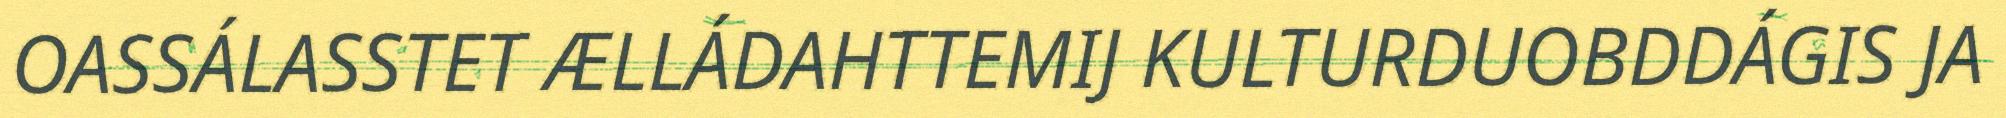
OASSÁLASSTET ÆLLÁDAHTTEMIJ KULTURDUOBDDÁGIS JA